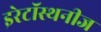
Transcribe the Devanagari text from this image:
इरेटॉस्थनीज